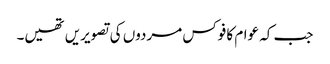
جب کہ عوام کا فوکس مردوں کی تصویریں تھیں۔